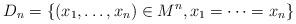
LaTeX: \begin{align*}D_n=\{(x_1,\dots,x_n)\in M^n, x_1=\dots=x_n\}\end{align*}